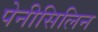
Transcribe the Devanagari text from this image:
पेनीसिलिन